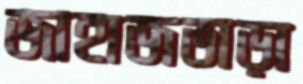
জাহাজভাড়া